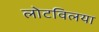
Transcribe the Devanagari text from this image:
लोटविलया